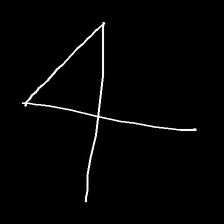
Glyph: collection